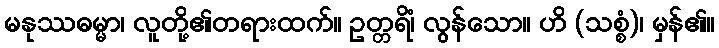
မနုဿဓမ္မာ၊ လူတို့၏တရားထက်။ ဥတ္တရိံ၊ လွန်သော။ ဟိ (သစ္စံ)၊ မှန်၏။